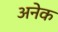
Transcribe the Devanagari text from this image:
अनेेक